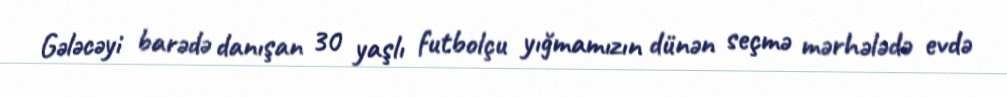
Gələcəyi barədə danışan 30 yaşlı futbolçu yığmamızın dünən seçmə mərhələdə evdə